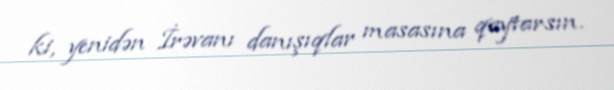
ki, yenidən İrəvanı danışıqlar masasına qaytarsın.